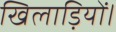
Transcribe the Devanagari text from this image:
खिलाड़ियों।